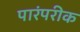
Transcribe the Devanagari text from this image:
पारंपरीक